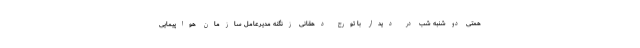
همتی دوشنبه شب در دیدار با تورج دهقانی زنگنه مدیرعامل سازمان هواپیمایی